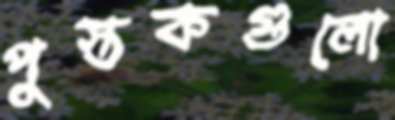
পুস্তকগুলো